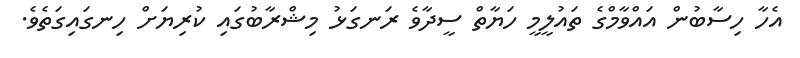
އެހާ ހިސާބުން އައްވާމްގެ ތައުލީމީ ހަޔާތް ސީދާވެ ރަނގަޅު މިޝްރާބުގައި ކުރިޔަށް ހިނގައިގަތެވެ.